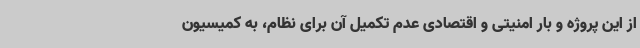
از این پروژه و بار امنیتی و اقتصادی عدم تکمیل آن برای نظام، به کمیسیون